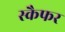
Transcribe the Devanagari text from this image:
स्कैफर